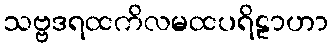
သဗ္ဗဒရထကိလမထပရိဠာဟာ